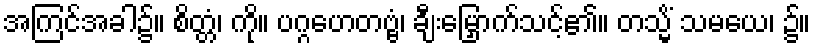
အကြင်အခါ၌။ စိတ္တံ၊ ကို။ ပဂ္ဂဟေတဗ္ဗံ၊ ချီးမြှောက်သင့်၏။ တသ္မိံ သမယေ၊ ၌။